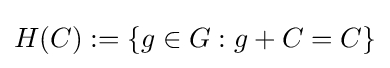
H(C):=\{g\in G:g+C=C\}